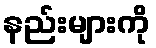
နည်းများကို